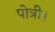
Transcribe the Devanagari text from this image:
पोत्री।